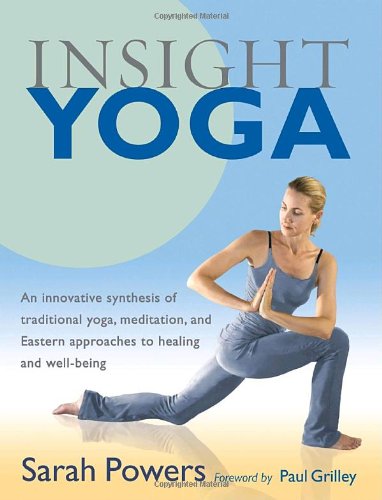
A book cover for Insight Yoga; Sarah Powers; Health, Fitness & Dieting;